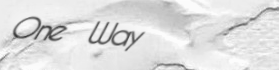
One Way